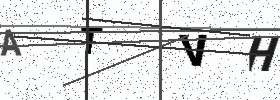
Text: ATVH